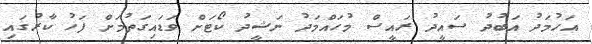
އަހުމަދު އަބުދު ސައީދު ރައީސް މުހައްމަދު ނަޝީދު ކޯޓަށް ވަޑައިގަތުމަށް ފަހު ކާރުގައި